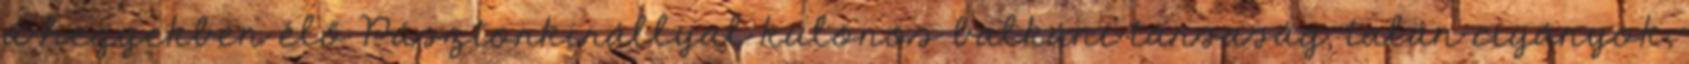
a hegyekben élő Pásztorkirállyal különös balkáni társaság, talán cigányok,